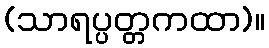
(သာရပ္ပတ္တကထာ)။